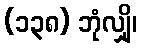
(၁၃၈) ဘုံလျှို၊